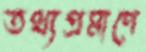
তথ্যপ্রমাণে